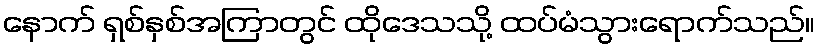
နောက် ရှစ်နှစ်အကြာတွင် ထိုဒေသသို့ ထပ်မံသွားရောက်သည်။